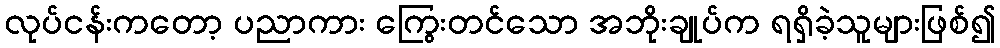
လုပ်ငန်းကတော့ ပညာကား ကြွေးတင်သော အဘိုးချုပ်က ရရှိခဲ့သူများဖြစ်၍